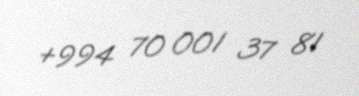
+994 70 001 37 81